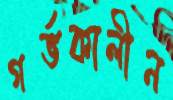
গর্ভকালীন